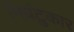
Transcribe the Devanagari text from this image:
निघंटुकार